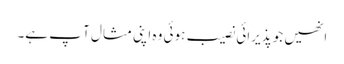
انھیں جو پذیرائی نصیب ہوئی وہ اپنی مثا ل آ پ ہے۔